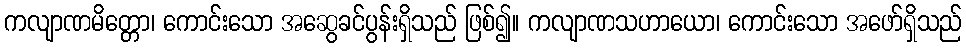
ကလျာဏမိတ္တော၊ ကောင်းသော အဆွေခင်ပွန်းရှိသည် ဖြစ်၍။ ကလျာဏသဟာယော၊ ကောင်းသော အဖော်ရှိသည်